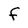
Character: f